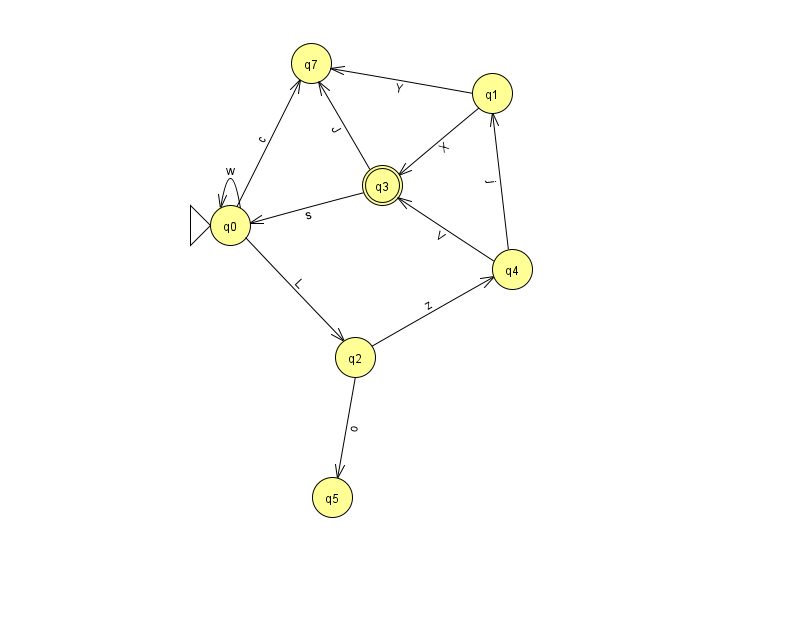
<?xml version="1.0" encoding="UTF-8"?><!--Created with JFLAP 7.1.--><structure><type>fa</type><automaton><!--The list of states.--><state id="0" name="q0"><x>230.0</x><y>212.0</y><initial/></state><state id="1" name="q1"><x>492.0</x><y>80.0</y></state><state id="2" name="q2"><x>355.0</x><y>344.0</y></state><state id="3" name="q3"><x>382.0</x><y>172.0</y><final/></state><state id="4" name="q4"><x>512.0</x><y>256.0</y></state><state id="5" name="q5"><x>332.0</x><y>484.0</y></state><state id="7" name="q7"><x>311.0</x><y>50.0</y></state><!--The list of transitions.--><transition><from>2</from><to>4</to><read>z</read></transition><transition><from>0</from><to>7</to><read>c</read></transition><transition><from>1</from><to>3</to><read>X</read></transition><transition><from>2</from><to>5</to><read>o</read></transition><transition><from>3</from><to>0</to><read>s</read></transition><transition><from>0</from><to>0</to><read>w</read></transition><transition><from>1</from><to>7</to><read>Y</read></transition><transition><from>4</from><to>3</to><read>V</read></transition><transition><from>4</from><to>1</to><read>j</read></transition><transition><from>3</from><to>7</to><read>J</read></transition><transition><from>0</from><to>2</to><read>L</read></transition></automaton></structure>